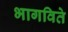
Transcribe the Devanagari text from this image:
भागविते